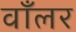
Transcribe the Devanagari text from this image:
वाँलर